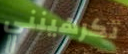
تكرهينني